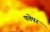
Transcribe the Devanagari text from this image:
पत्तेपर